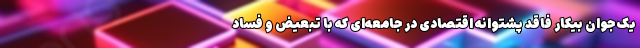
یک جوان بیکار فاقد پشتوانه اقتصادی در جامعه‌ای که با تبعیض و فساد